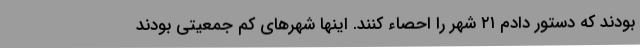
بودند که دستور دادم ۲۱ شهر را احصاء کنند. اینها شهرهای کم جمعیتی بودند